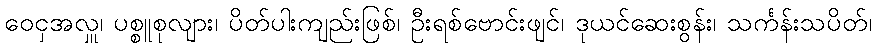
ဝေငှအလှူ၊ ပစ္စူစုလျား၊ ပိတ်ပါးကျည်းဖြစ်၊ ဦးရစ်ဗောင်းဖျင်၊ ဒုယင်ဆေးစွန်း၊ သင်္ကန်းသပိတ်၊